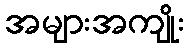
အများအကျိုး